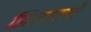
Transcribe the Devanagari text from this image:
लिलावाचे